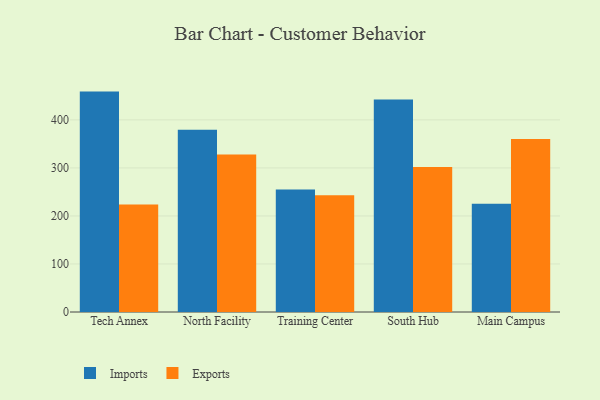
{"axis": {"x": "Campus", "y": "Population (Million)"}, "legend": ["Exports", "Imports"], "data": [{"x": "Tech Annex", "y": 458.9, "type": "Imports"}, {"x": "Tech Annex", "y": 223.7, "type": "Exports"}, {"x": "North Facility", "y": 379.3, "type": "Imports"}, {"x": "North Facility", "y": 327.9, "type": "Exports"}, {"x": "Training Center", "y": 255.3, "type": "Imports"}, {"x": "Training Center", "y": 243.2, "type": "Exports"}, {"x": "South Hub", "y": 442.2, "type": "Imports"}, {"x": "South Hub", "y": 301.9, "type": "Exports"}, {"x": "Main Campus", "y": 225.3, "type": "Imports"}, {"x": "Main Campus", "y": 360.2, "type": "Exports"}]}